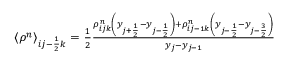
\begin{array} { r } { \left< \rho ^ { n } \right> _ { i j - \frac { 1 } { 2 } k } = \frac { 1 } { 2 } \frac { \rho _ { i j k } ^ { n } \left( y _ { j + \frac { 1 } { 2 } } - y _ { j - \frac { 1 } { 2 } } \right) + \rho _ { i j - 1 k } ^ { n } \left( y _ { j - \frac { 1 } { 2 } } - y _ { j - \frac { 3 } { 2 } } \right) } { y _ { j } - y _ { j - 1 } } } \end{array}